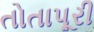
તોતાપૂરી